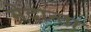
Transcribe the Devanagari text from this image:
मेदान्ता